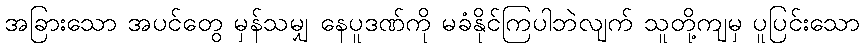
အခြားသော အပင်တွေ မှန်သမျှ နေပူဒဏ်ကို မခံနိုင်ကြပါဘဲလျက် သူတို့ကျမှ ပူပြင်းသော